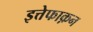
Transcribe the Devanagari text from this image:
इत्तेफाक़न